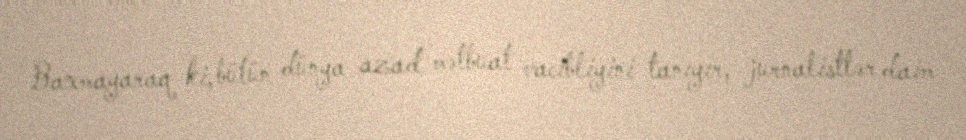
Baxmayaraq ki, bütün dünya azad mətbuat vacibliyini tanıyır, jurnalistlər daim